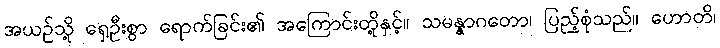
အယဉ်သို့ ရှေဦးစွာ ရောက်ခြင်း၏ အကြောင်းတို့နှင့်။ သမန္နာဂတော၊ ပြည့်စုံသည်။ ဟောတိ၊